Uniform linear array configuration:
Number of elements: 24
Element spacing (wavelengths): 1
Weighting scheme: blackman
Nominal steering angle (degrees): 30
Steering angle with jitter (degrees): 29.446
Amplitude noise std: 0.05
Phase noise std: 0.05

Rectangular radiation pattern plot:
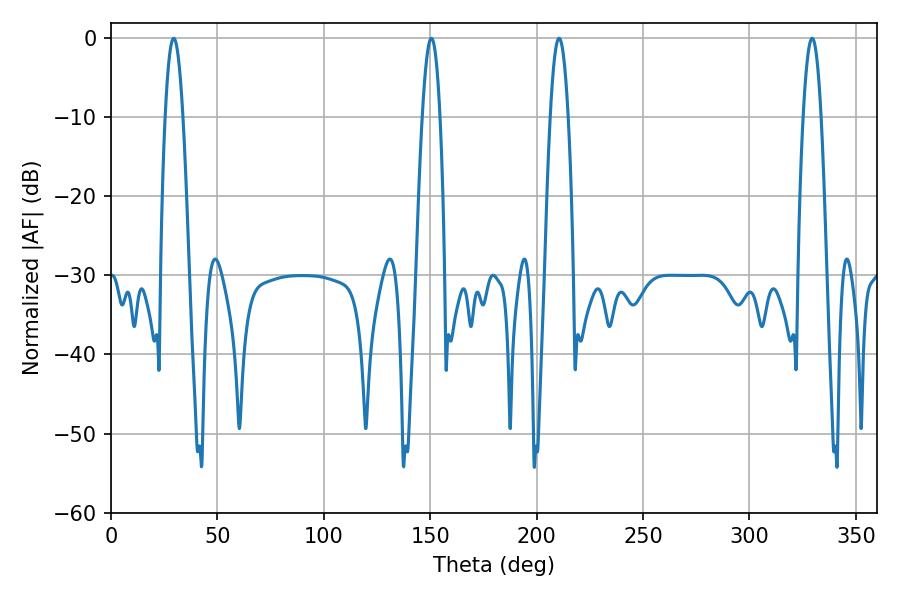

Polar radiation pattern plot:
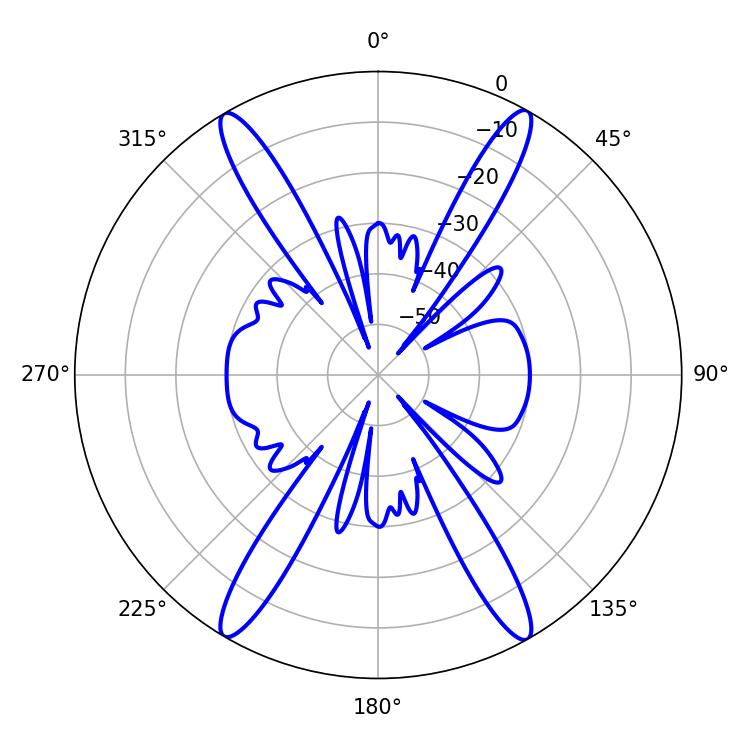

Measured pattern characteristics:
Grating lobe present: TRUE
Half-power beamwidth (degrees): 4.68
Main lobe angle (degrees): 150.48